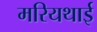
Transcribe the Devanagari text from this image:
मरियथाई